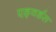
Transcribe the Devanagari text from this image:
एड्वर्डस